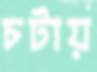
চটায়